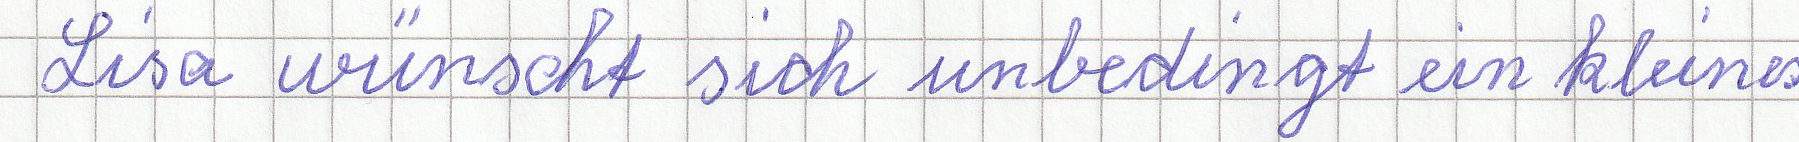
Lisa wünscht sich unbedingt ein kleines